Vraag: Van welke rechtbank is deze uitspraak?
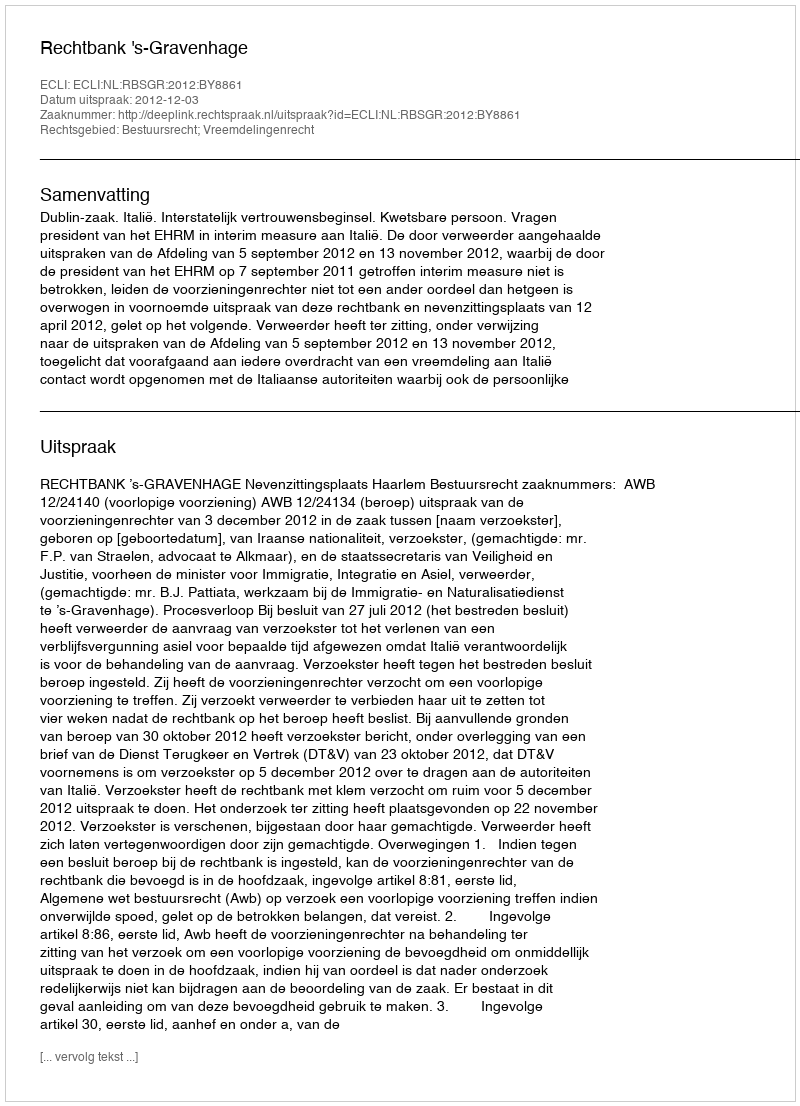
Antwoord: Rechtbank 's-Gravenhage